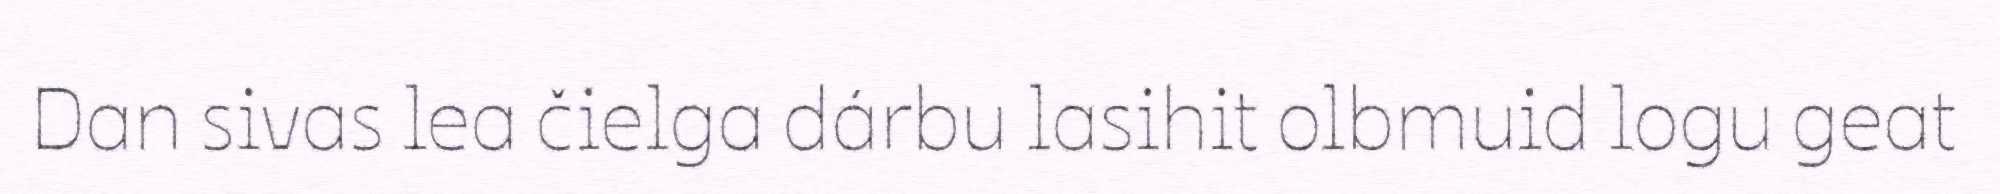
Dan sivas lea čielga dárbu lasihit olbmuid logu geat